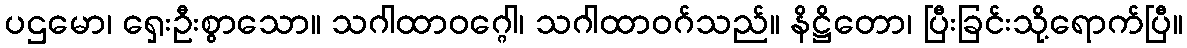
ပဌမော၊ ရှေးဦးစွာသော။ သဂါထာဝဂ္ဂေါ၊ သဂါထာဝဂ်သည်။ နိဋ္ဌိတော၊ ပြီးခြင်းသို့ရောက်ပြီ။